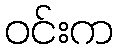
ဝင်းက